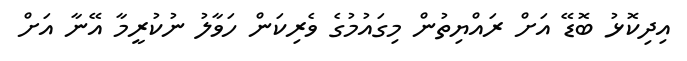
އިދިކޮޅު ބޮޑޭ އަށް ރައްޔިތުން މިގައުމުގެ ވެރިކަން ހަވާލު ނުކުރީމާ އޭނާ އަށް